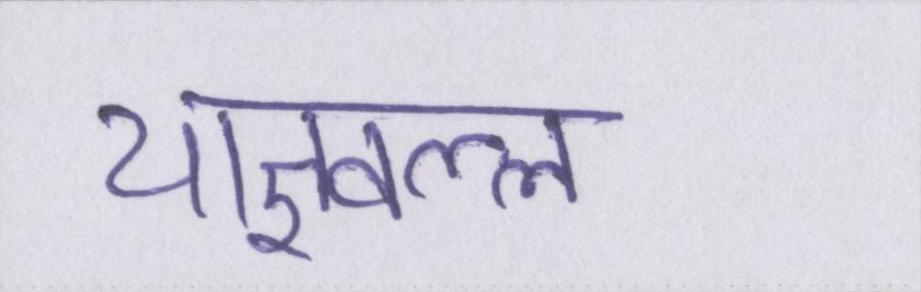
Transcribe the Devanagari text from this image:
याज्ञवल्ल